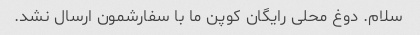
سلام. دوغ محلی رایگان کوپن ما با سفارشمون ارسال نشد.